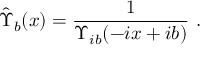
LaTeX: { \hat { \Upsilon } } _ { b } ( x ) = { \frac { 1 } { \Upsilon _ { i b } ( - i x + i b ) } } \ .